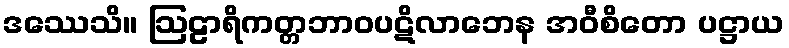
ဒဿေသိ။ ဩဠာရိကတ္တဘာဝပဋိလာဘေန အဝီစိတော ပဋ္ဌာယ